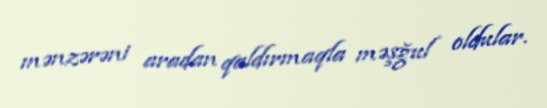
mənzərəni aradan qaldırmaqla məşğul oldular.